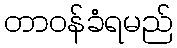
တာဝန်ခံရမည်